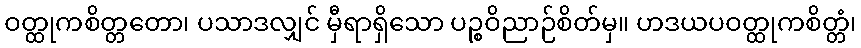
ဝတ္ထုကစိတ္တတော၊ ပသာဒလျှင် မှီရာရှိသော ပဉ္စဝိညာဉ်စိတ်မှ။ ဟဒယပဝတ္ထုကစိတ္တံ၊